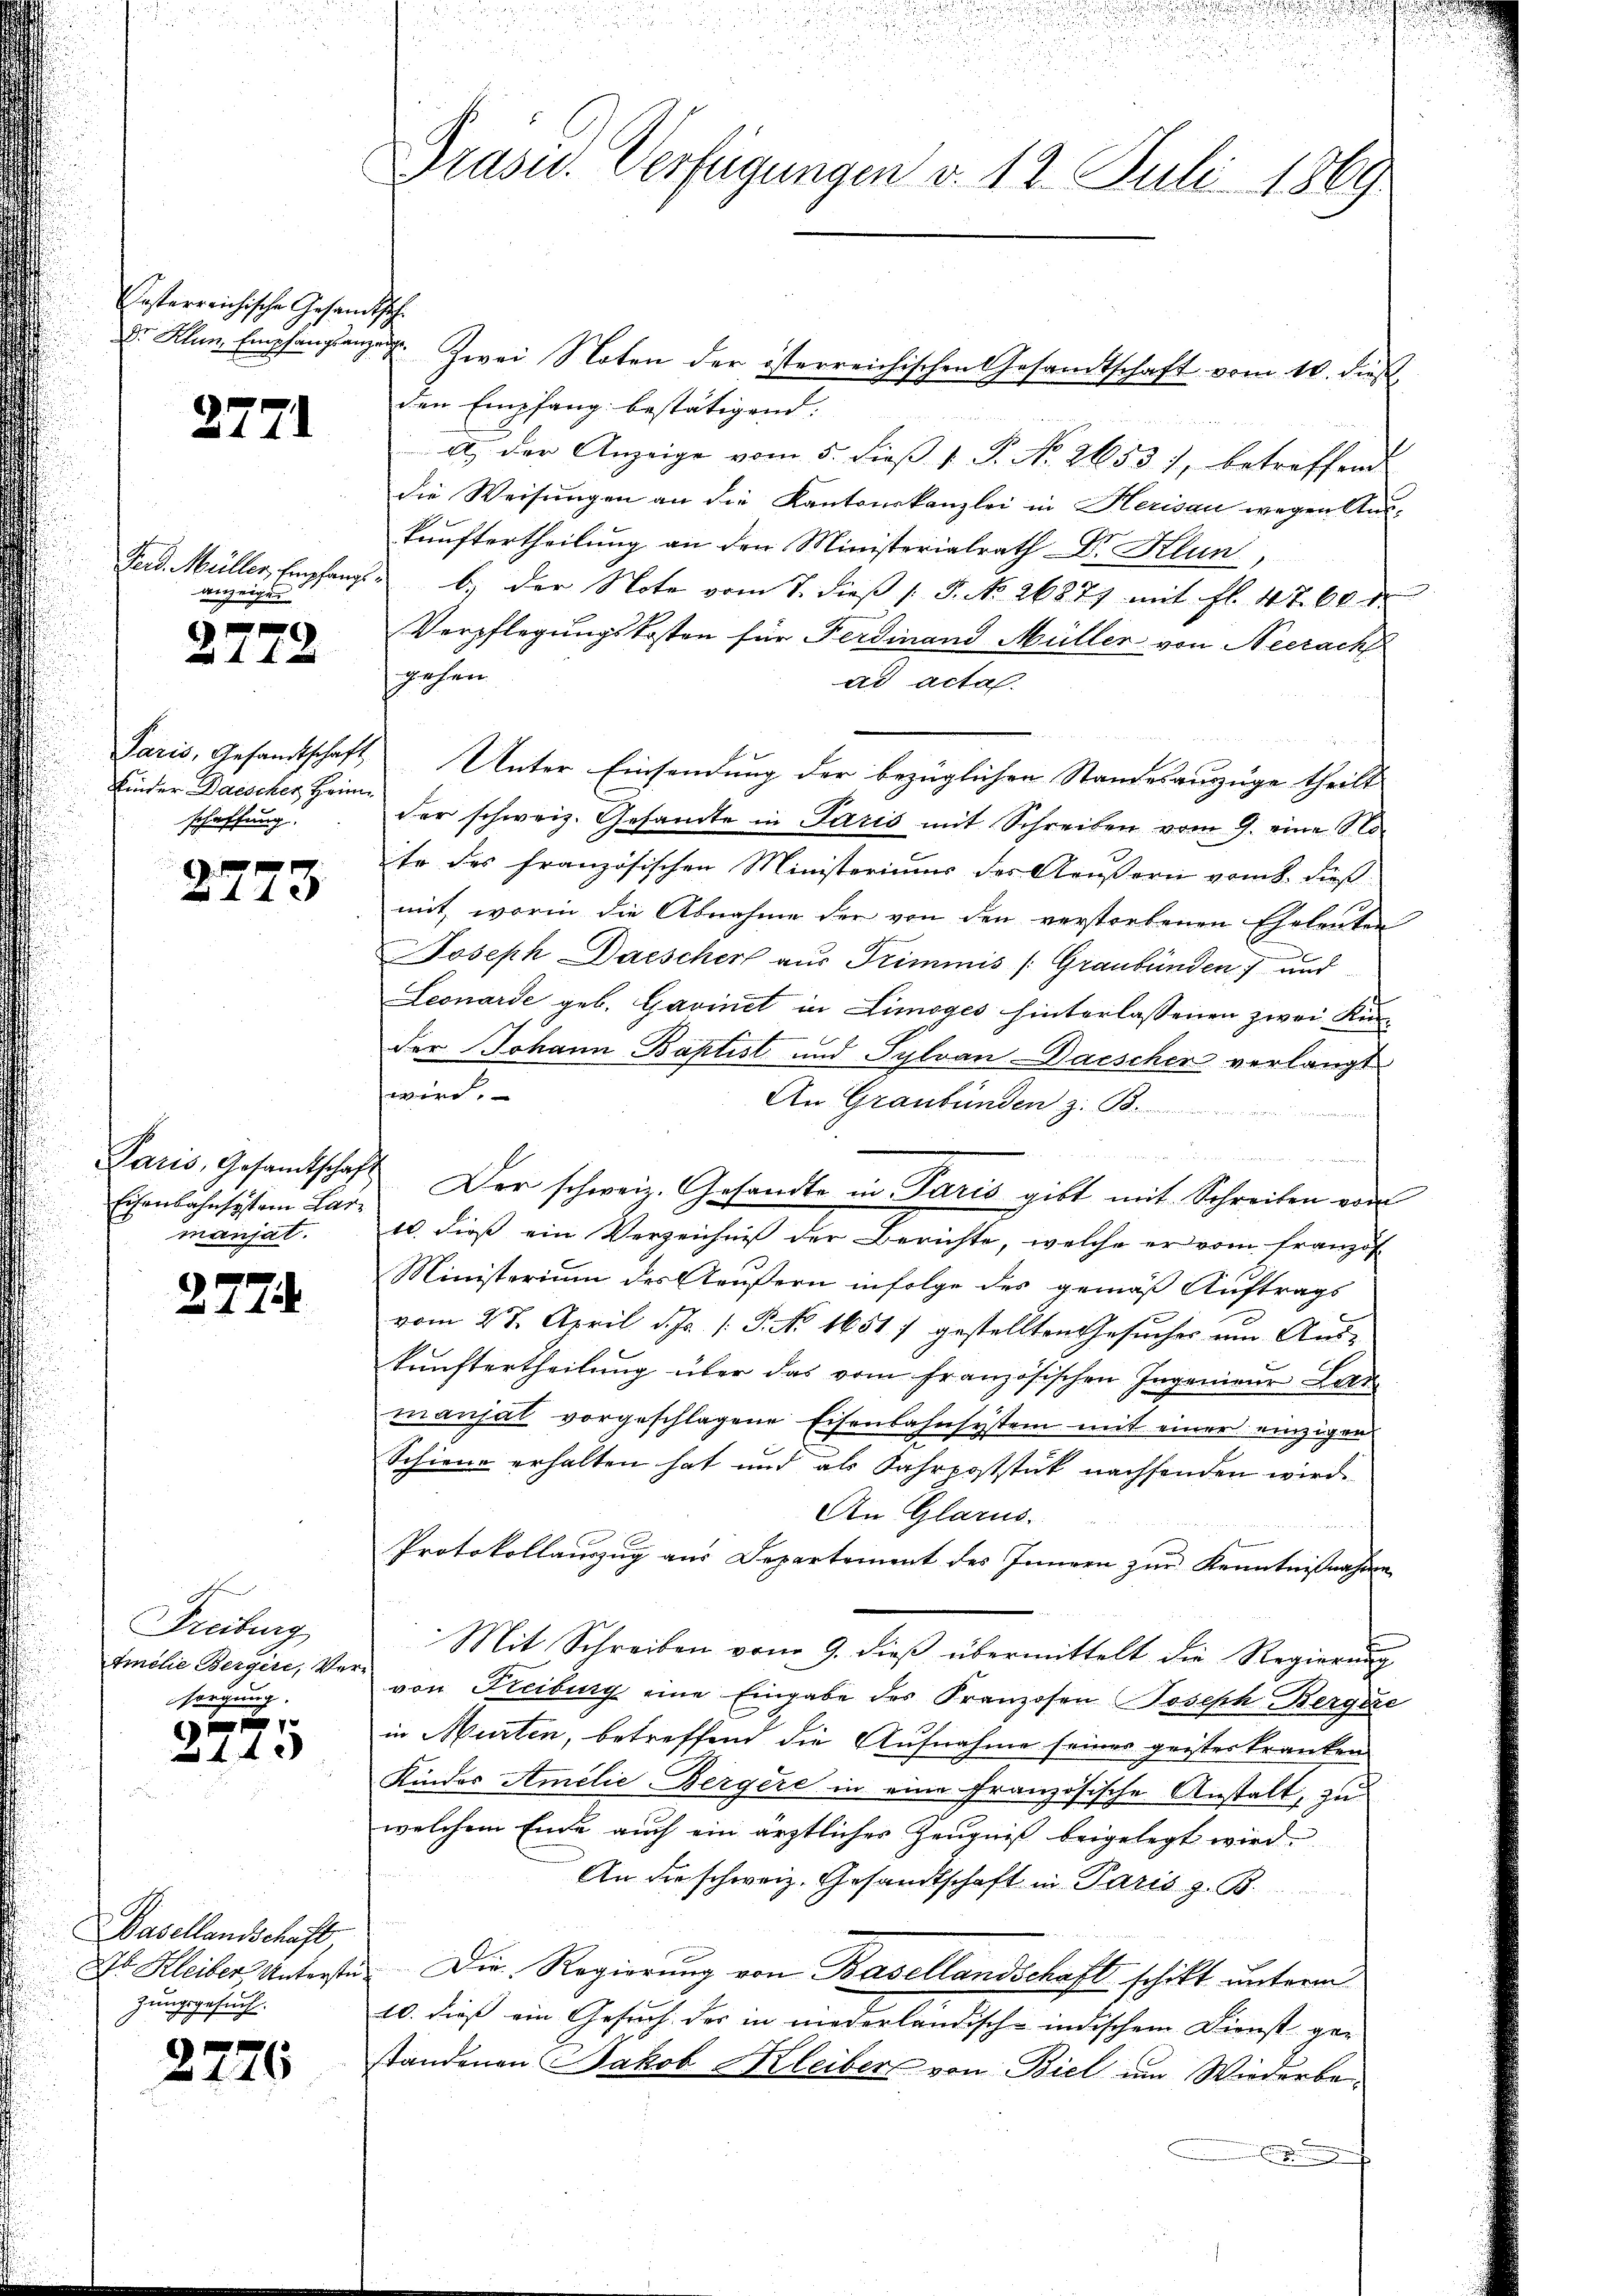
Casterreichische Gesandtsch

2771

Ged Müller, Empfangs
anzeigen

x

Kinder Daischer Heimschaffung.

1 x
44 x

Eisenbahnsystem Garmanjat.

g
445

Freiburg
Emilie Bergere, Versorgung.

14 x

Basellandschaft
zungsgesuch.

2776

Dr. Klan Empfangsanzen. Zwei Noten der österreichischen Gesandtschaft vom 10. dieß
den Empfang bestätigend.
e
a) der Anzeige vom 5. dieß 1 P. No. 2653), betreffend
die Weisungen an die Kantonskanzlei in Herisau wegen Auskunftertheilung an den Ministerialrath Dr. Klun,
b.) der Note vom 8. dieβ (: P. No. 26871 mit fl. 4760
Verpflegungskosten für Ferdinand Müller von Neerach
gehen
ad acta.
Paris, Gesandtschaft Unter Einsendung der bezüglichen Standesauszüge theilt
der schweiz. Gesandte in Paris mit Schreiben vom 9. eine Noite des französischen Ministeriums der Aeußern vom 8. dieß
mit, worin die Abnahme der von den verstorbenen Eheleuten
Joseph Daescher aus Trimmnis (Graubünden und
Leonarde, geb. Gavinet in Limoges hinterlassenen zwei Kin-
der Johann Baptist und Sylvan-Daescher verlangt
wird.
An Graubünden z. B.
d
Paris, Gesamtschaft Der schweiz. Gesandte in Paris gibt mit Schreiben von
10. dieß ein Verzeichniß der Berichte, welche er vom Französ
Ministerium des Aeußern infolge des gemäß Auftrags
vom 28. April d. Js. [ P. NNo. 1651 7 gestellten Gesucher um Auskunftertheilung über das vom französischen Ingenieur Lan
manjal vorgeschlagene Eisenbahnsystem mit einer einzigen
Schiene erhalten hat und als Fahrpoststück nachsenden wird.
An Glarus.
Protokollauszug aus Departement des Innern zur Kenntnisnahmen
Mit Schreiben vom 9. dieß übermittelt die Regierung
von Freiburg eine Eingabe des Franzosen Joseph Bergese
in Murten, betreffend die Aufnahme seines geisteskranken
Kindes Amelie Bergere in eine Französische Anstalt, zu
welchem Ende auch ein ärztliches Zeugniß beigelegt wird.
An die schweiz. Gesandtschaft in Paris z. B.
X Hleiber Unterste. Die Regierung von Basellandschaft schikt unterm
10. dieß ein Gesuch des in niederländisch-indischem Dienst ger
standenen Jakob Kleiber von Biel um Wiederbe¬

Präsid. Verfügungen v. 12. Juli 1869